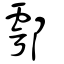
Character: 鄠